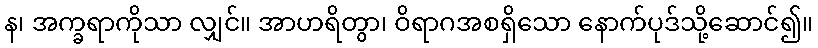
န၊ အက္ခရာကိုသာ လျှင်။ အာဟရိတွာ၊ ဝိရာဂအစရှိသော နောက်ပုဒ်သို့ဆောင်၍။